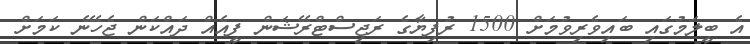
އެ ބީލަމުގައި ބައިވެރިވުމަށް 1500 ރުފިޔާގެ ރަޖިސްޓްރޭޝަން ފީއެއް ދައްކަން ޖެހޭނެ ކަަމަށް